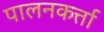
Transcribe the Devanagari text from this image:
पालनकर्त्ता